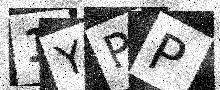
Text: 1YPP